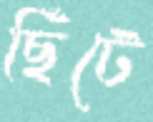
ছিঁটে